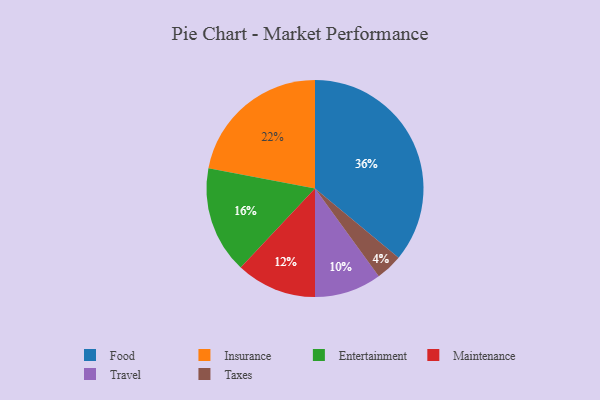
{"axis": {"x": "Category", "y": "Percentage"}, "legend": ["Entertainment", "Food", "Insurance", "Maintenance", "Taxes", "Travel"], "data": [{"x": "Maintenance", "y": 12, "type": "Maintenance"}, {"x": "Travel", "y": 10, "type": "Travel"}, {"x": "Food", "y": 36, "type": "Food"}, {"x": "Taxes", "y": 4, "type": "Taxes"}, {"x": "Entertainment", "y": 16, "type": "Entertainment"}, {"x": "Insurance", "y": 22, "type": "Insurance"}]}